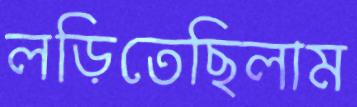
লড়িতেছিলাম